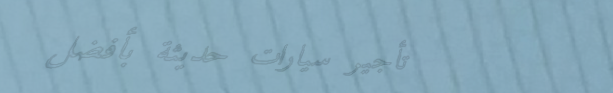
تأجير سيارات حديثة بأفضل